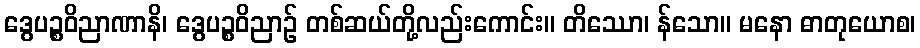
ဒွေပဉ္စဝိညာဏာနိ၊ ဒွေပဉ္စဝိညာဉ် တစ်ဆယ်တို့လည်းကောင်း။ တိဿော၊ န်သော။ မနော ဓာတုယောစ၊